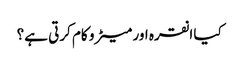
کیا انقرہ اور میٹرو کام کرتی ہے؟